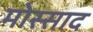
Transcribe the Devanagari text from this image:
मोस्साद